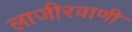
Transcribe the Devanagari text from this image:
लाजीरवाणी